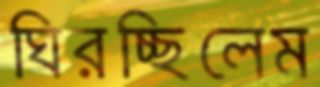
ঘিরচ্ছিলেম